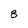
Character: 8